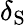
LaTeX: \delta_{\mathrm{{S}}}